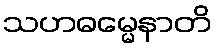
သဟဓမ္မေနာတိ